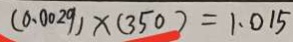
( 0 . 0 0 2 9 ) \times ( 3 5 0 ) = 1 . 0 1 5